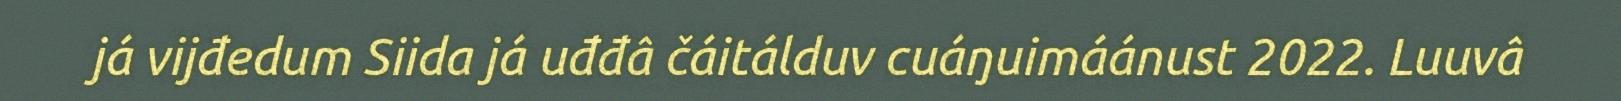
já vijđedum Siida já uđđâ čáitálduv cuáŋuimáánust 2022. Luuvâ